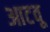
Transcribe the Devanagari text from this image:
आटवू